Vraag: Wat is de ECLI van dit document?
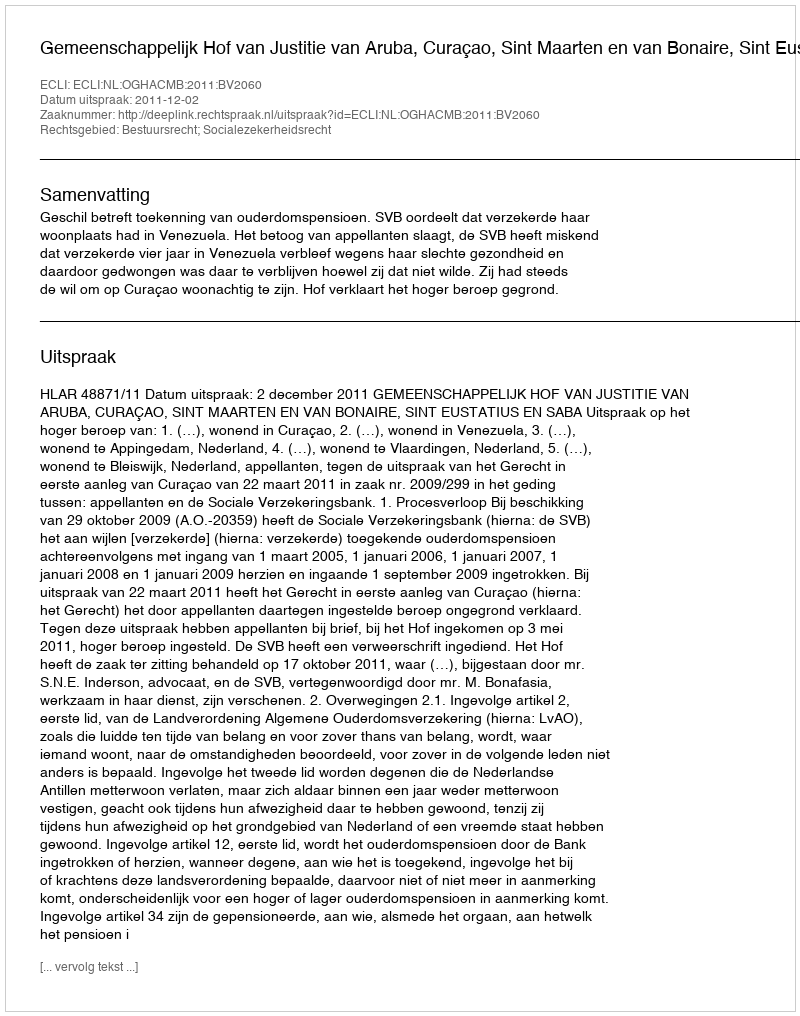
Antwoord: ECLI:NL:OGHACMB:2011:BV2060